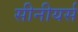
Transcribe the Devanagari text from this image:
सीनीयर्स